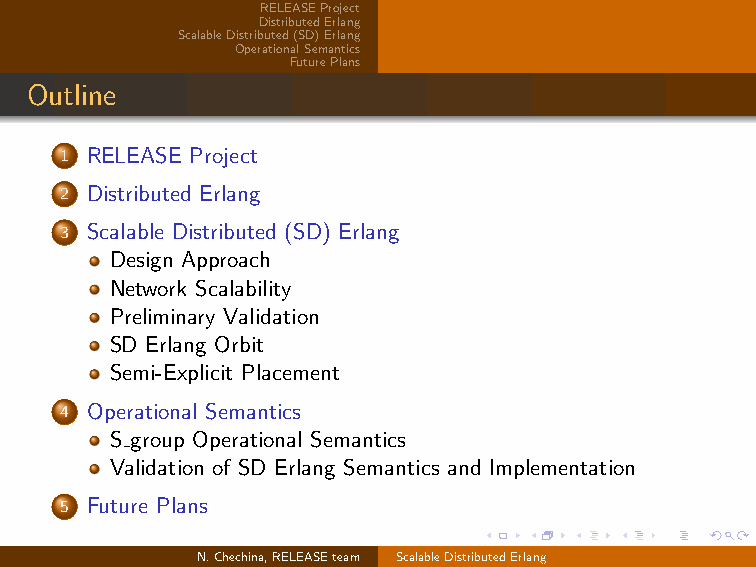
RELEASEProject
 DistributedErlang
 ScalableDistributed(SD)Erlang
 OperationalSemantics
 FuturePlans
 Outline
 1 RELEASE Project
 2 Distributed Erlang
 3 Scalable Distributed (SD) Erlang
 Design Approach
 Network Scalability
 Preliminary Validation
 SD Erlang Orbit
 Semi-Explicit Placement
 4 Operational Semantics
 S group Operational Semantics
 Validation of SD Erlang Semantics and Implementation
 5 Future Plans
 N.Chechina,RELEASEteam ScalableDistributedErlang